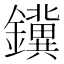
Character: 𮣪